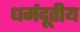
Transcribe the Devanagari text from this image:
धर्मदूतीय